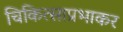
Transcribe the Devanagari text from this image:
चिकित्साप्रभाकर